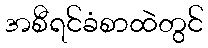
အစီရင်ခံစာထဲတွင်